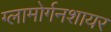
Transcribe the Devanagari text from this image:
ग्लामोर्गनशायर